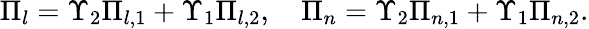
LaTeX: \Pi_{l}=\Upsilon_{2}\Pi_{l,1}+\Upsilon_{1}\Pi_{l,2},\quad\Pi_{n}=\Upsilon_{2}\Pi_{n,1}+\Upsilon_{1}\Pi_{n,2}.